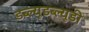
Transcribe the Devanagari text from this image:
डब्ल्यूडब्ल्यूडी